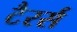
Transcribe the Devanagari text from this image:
टैरर्स